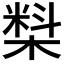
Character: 𰘑